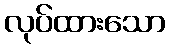
လုပ်ထားသော